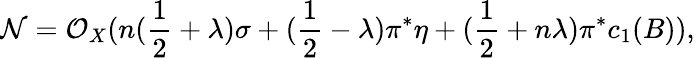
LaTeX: {\cal N}={\cal O}_{X}(n(\frac{1}{2}+\lambda)\sigma+(\frac{1}{2}-\lambda)\pi^{*}\eta+(\frac{1}{2}+n\lambda)\pi^{*}c_{1}(B)),